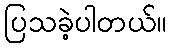
ပြသခဲ့ပါတယ်။